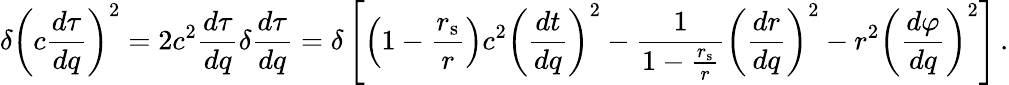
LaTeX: \delta\left(c{\frac{d\tau}{dq}}\right)^{2}=2c^{2}{\frac{d\tau}{dq}}\delta{\frac{d\tau}{dq}}=\delta\left[\left(1-{\frac{r_{\mathrm{{s}}}}{r}}\right)c^{2}\left({\frac{dt}{dq}}\right)^{2}-{\frac{1}{1-{\frac{r_{\mathrm{{s}}}}{r}}}}\left({\frac{dr}{dq}}\right)^{2}-r^{2}\left({\frac{d\varphi}{dq}}\right)^{2}\right]\, .